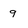
Character: 9